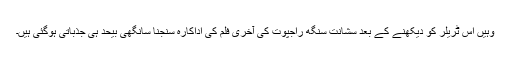
وہیں اس ٹریلر کو دیکھنے کے بعد سشانت سنگھ راجپوت کی آخری فلم کی اداکارہ سنجنا سانگھی بیحد ہی جذباتی ہوگئی ہیں۔